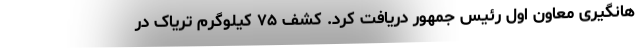
هانگیری معاون اول رئیس جمهور دریافت کرد. کشف ۷۵ کیلوگرم تریاک در